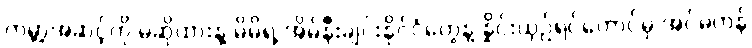
ကမ္ဘာ့အဆင့်ကို မဆိုထားနဲ့ မိမိရဲ့ အိမ်နီးချင်းနိုင်ငံတွေနဲ့ နှိုင်းယှဉ်ရင်တောင်မှ အင်မတန်